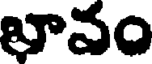
భావం